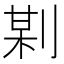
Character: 𠝺